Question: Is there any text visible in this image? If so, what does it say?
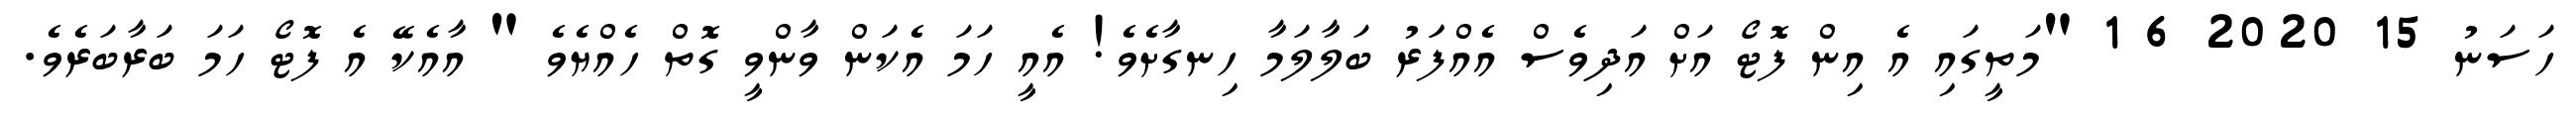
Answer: ހަސަނު 15 2020 6 1 "މަތީގައި އެ އިން ފޮޓޯ އަށް އަދިވެސް އެއްފަަރު ބަލާލަމާ ހިނގާށެވެ! އެއީ ހަމަ އެކަން ވާންވީ ގޮތް ހެއްޔެވެ " އާއެކޭ އެ ފޮޓޯ ހަމަ ބަރާބަރެވެ.